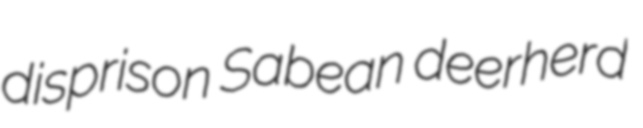
disprison Sabean deerherd